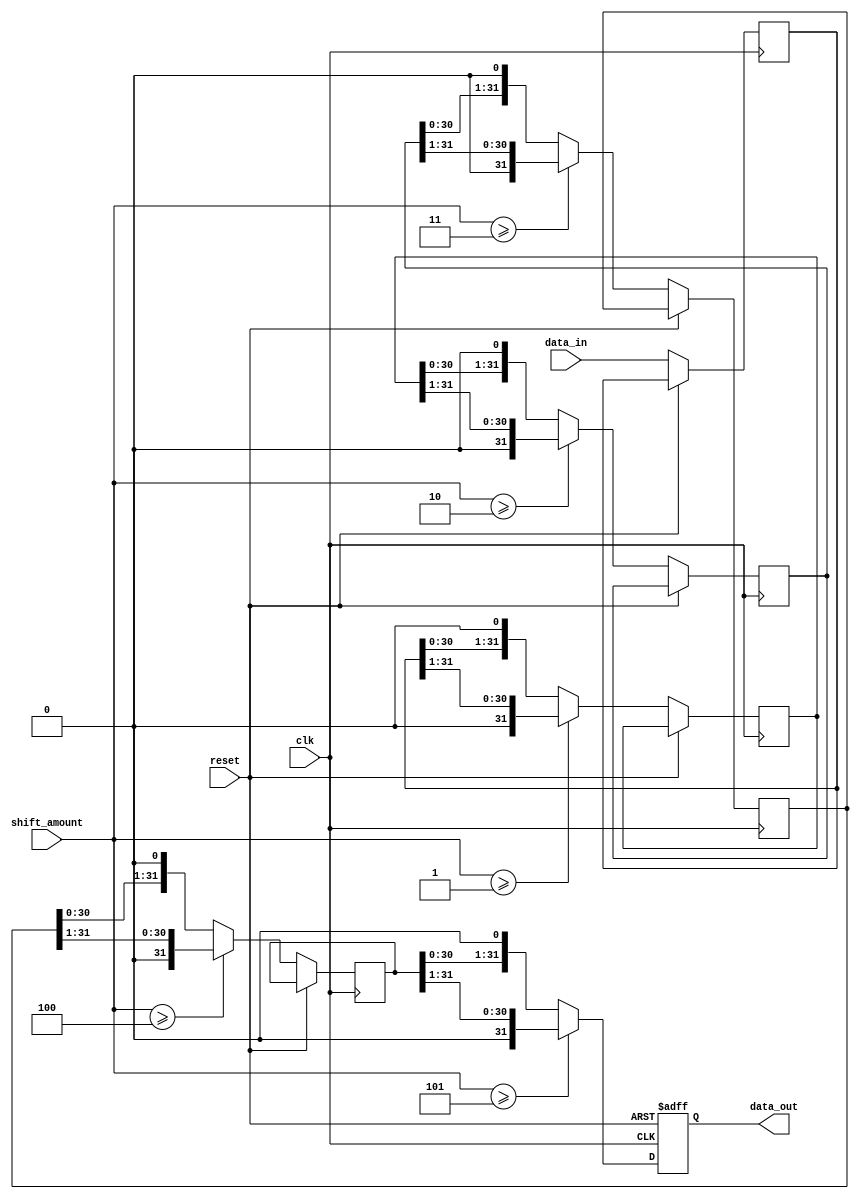
module rotating_barrel_shifter (
    input wire clk,
    input wire reset,
    input wire [31:0] data_in,
    input wire [4:0] shift_amount,
    output reg [31:0] data_out
);

// Define the shift stages
reg [31:0] stage0, stage1, stage2, stage3, stage4;

// Rotate the input by the specified shift amount
always @(posedge clk or posedge reset) begin
    if (reset) begin
        data_out <= 32'd0;
    end else begin
        stage0 <= data_in;
        stage1 <= (shift_amount >= 1) ? stage0 >> 1 : stage0 << 1;
        stage2 <= (shift_amount >= 2) ? stage1 >> 1 : stage1 << 1;
        stage3 <= (shift_amount >= 3) ? stage2 >> 1 : stage2 << 1;
        stage4 <= (shift_amount >= 4) ? stage3 >> 1 : stage3 << 1;
        
        // Connect the last stage output to the first stage input for circular shifting
        data_out <= (shift_amount >= 5) ? stage4 >> 1 : stage4 << 1;
    end
end

endmodule